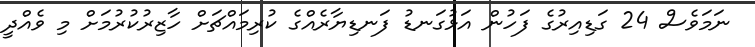
ނަމަވެސް 24 ގަޑިއިރުގެ ފަހުން އަޅުގަނޑު ފަނޑިޔާރެއްގެ ކުރިމައްޗަށް ހާޒިރުކުރުމަށް މި ވެއްދީ